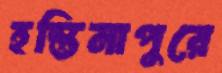
হস্তিনাপুরে